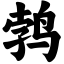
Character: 鹁